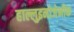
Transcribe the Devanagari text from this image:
हाल्लुइनोजेनीक